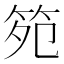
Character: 𮵯